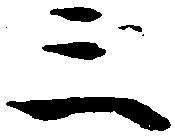
三